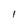
Character: l